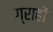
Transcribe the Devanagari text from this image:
ग्राहों